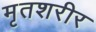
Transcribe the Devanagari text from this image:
मृतशरीर